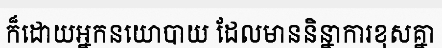
ក៏ដោយអ្នកនយោបាយ ដែលមាននិន្នាការខុសគ្នា